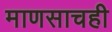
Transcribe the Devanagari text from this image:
माणसाचही